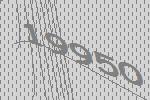
19950